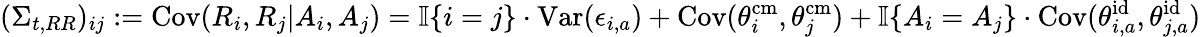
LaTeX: (\Sigma_{t,RR})_{ij}:=\mathrm{Cov}(R_{i},R_{j}|A_{i},A_{j})=\mathbb{I}\{ i=j\} \cdot\mathrm{Var}(\epsilon_{i,a})+\mathrm{Cov}(\theta_{i}^{\mathrm{cm}},\theta_{j}^{\mathrm{cm}})+\mathbb{I}\{ A_{i}=A_{j}\} \cdot\mathrm{Cov}(\theta_{i,a}^{\mathrm{id}},\theta_{j,a}^{\mathrm{id}})